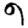
Digit: 9